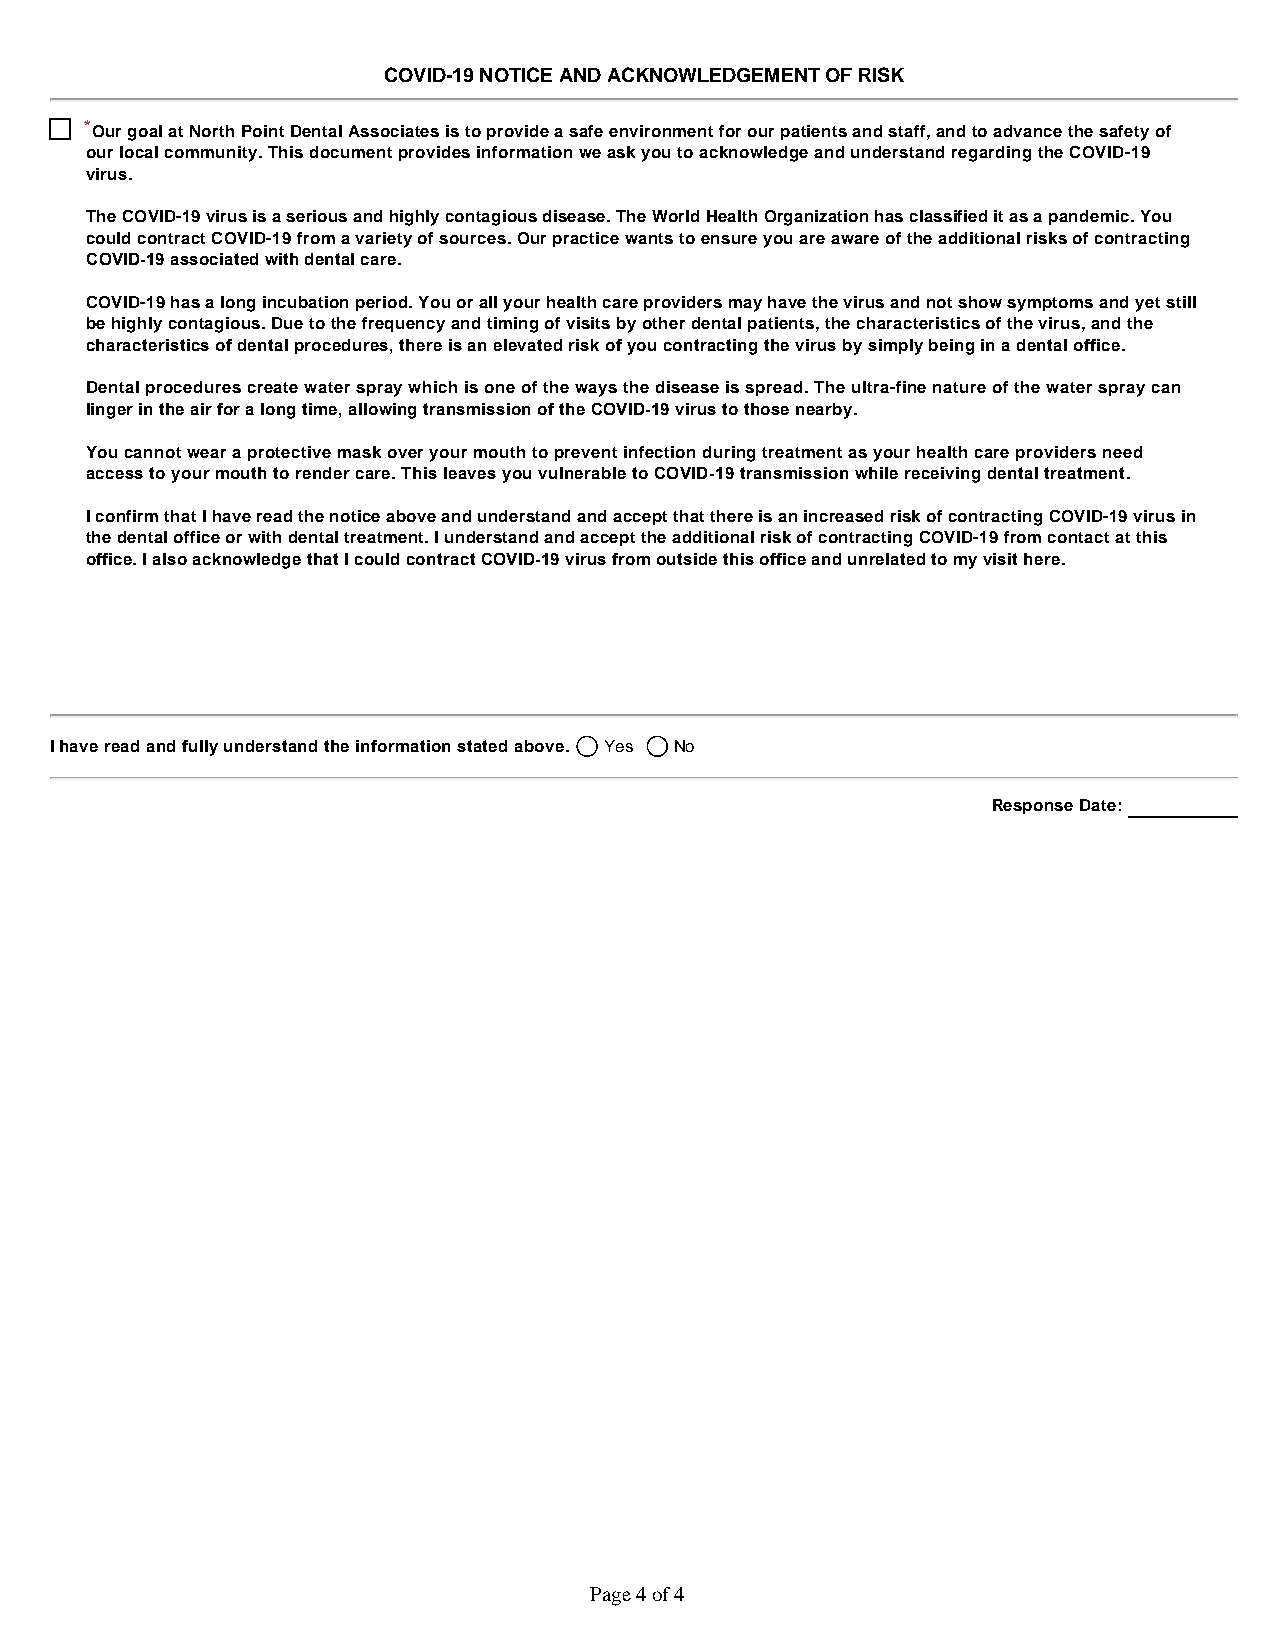
COVID-19 NOTICE AND ACKNOWLEDGEMENT OF RISK
 *Our goal at North Point Dental Associates is to provide a safe environment for our patients and staff, and to advance the safety of
 our local community. This document provides information we ask you to acknowledge and understand regarding the COVID-19
 virus. ​
 The COVID-19 virus is a serious and highly contagious disease. The World Health Organization has classified it as a pandemic. You
 could contract COVID-19 from a variety of sources. Our practice wants to ensure you are aware of the additional risks of contracting
 COVID-19 associated with dental care. ​
 COVID-19 has a long incubation period. You or all your health care providers may have the virus and not show symptoms and yet still
 be highly contagious. Due to the frequency and timing of visits by other dental patients, the characteristics of the virus, and the
 characteristics of dental procedures, there is an elevated risk of you contracting the virus by simply being in a dental office.​
 Dental procedures create water spray which is one of the ways the disease is spread. The ultra-fine nature of the water spray can
 linger in the air for a long time, allowing transmission of the COVID-19 virus to those nearby. ​
 You cannot wear a protective mask over your mouth to prevent infection during treatment as your health care providers need
 access to your mouth to render care. This leaves you vulnerable to COVID-19 transmission while receiving dental treatment.​
 I confirm that I have read the notice above and understand and accept that there is an increased risk of contracting COVID-19 virus in
 the dental office or with dental treatment. I understand and accept the additional risk of contracting COVID-19 from contact at this
 office. I also acknowledge that I could contract COVID-19 virus from outside this office and unrelated to my visit here. ​
 I have read and fully understand the information stated above. ​ Yes No
 Response Date:
 Page 4 of 4